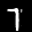
Label: 7